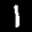
Label: 1